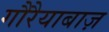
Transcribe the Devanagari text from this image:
गौरैयाबाज़